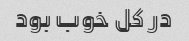
در کل خوب بود